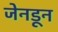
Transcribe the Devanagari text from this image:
जेनडून